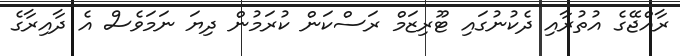
ރާއްޖޭގެ އުތުރާއި ދެކުނުގައި ޓޫރިޒަމް ރަސްކަން ކުރަމުން ދިޔަ ނަމަވެސް އެ ދާއިރާގެ